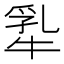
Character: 𬌢